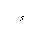
Letter: _hamza